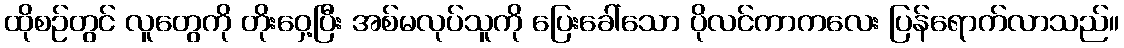
ထိုစဉ်တွင် လူတွေကို တိုးဝှေ့ပြီး အစ်မလုပ်သူကို ပြေးခေါ်သော ပိုလင်ကာကလေး ပြန်ရောက်လာသည်။